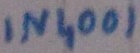
Text: IN4001